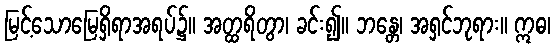
မြင့်သောမြေရှိရာအရပ်၌။ အတ္ထရိတွာ၊ ခင်း၍။ ဘန္တေ၊ အရှင်ဘုရား။ ဣဓ၊